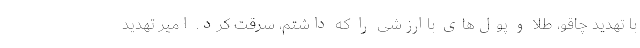
با تهدید چاقو، طلا و پول‌های باارزشی را که داشتم، سرقت کرد. امیر تهدید